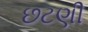
છટણી